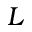
L